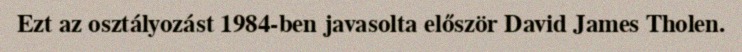
Ezt az osztályozást 1984-ben javasolta először David James Tholen.